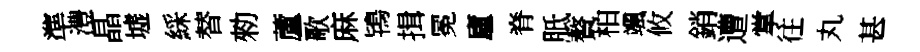
準澧晶墟綵替勑蘆歌麻鴇揖冕廬脊胝贅柏颯攸銷遭掌往丸甚